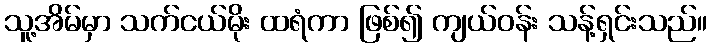
သူ့အိမ်မှာ သက်ငယ်မိုး ထရံကာ ဖြစ်၍ ကျယ်ဝန်း သန့်ရှင်းသည်။